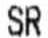
SR